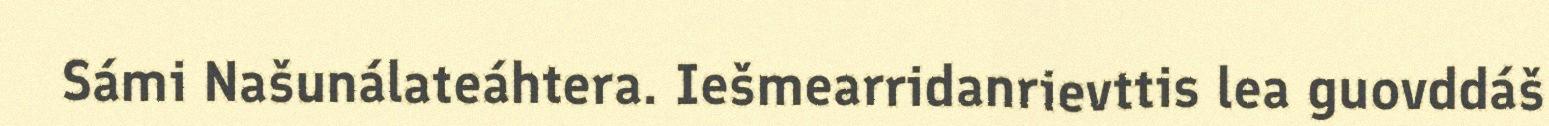
Sámi Našunálateáhtera. Iešmearridanrievttis lea guovddáš